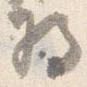
将